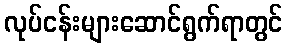
လုပ်ငန်းများဆောင်ရွက်ရာတွင်